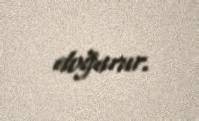
doğurur.